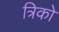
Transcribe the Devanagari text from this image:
त्रिको